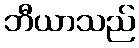
ဘီယာသည်